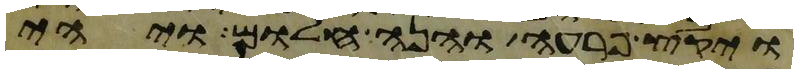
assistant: ויקץ פרעה והנה חלום ויהי